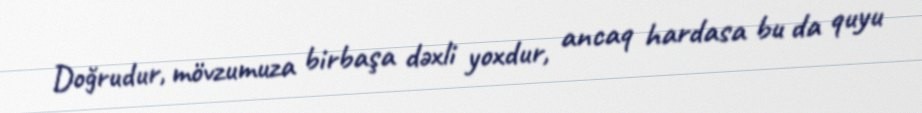
Doğrudur, mövzumuza birbaşa dəxli yoxdur, ancaq hardasa bu da quyu